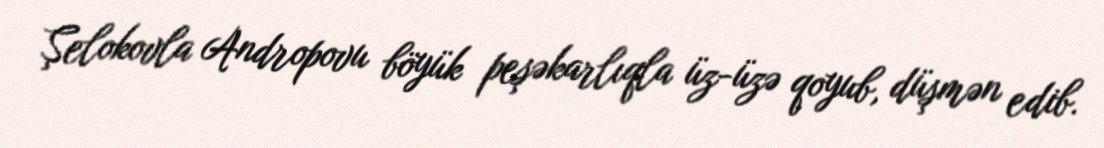
Şelokovla Andropovu böyük peşəkarlıqla üz-üzə qoyub, düşmən edib.